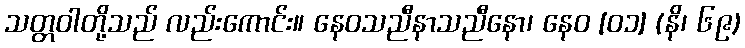
သတ္တဝါတို့သည် လည်းကောင်း။ နေဝသညီနာသညီနော၊ နေဝ [၀၁] (နိ၊ ၆၉)